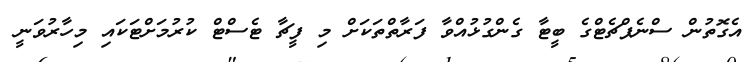
އެގޮތުން ސްނެޕްޗެޓްގެ ބީޓާ ގެންގުޅުއްވާ ފަރާތްތަކަށް މި ފީޗާ ޓެސްޓް ކުރުމަށްޓަކައި މިހާރުވަނީ